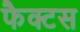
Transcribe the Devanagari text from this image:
फैक्टस